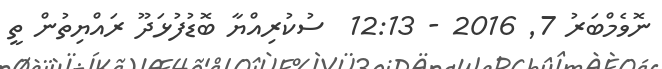
ނޮވެމްބަރު 7